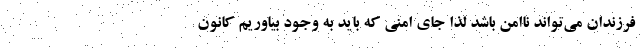
فرزندان می‌تواند ناامن باشد لذا جای امنی که باید به وجود بیاوریم کانون